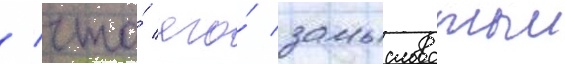
/ что́ его́ замысловатыи